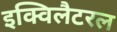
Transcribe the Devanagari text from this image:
इक्विलैटरल